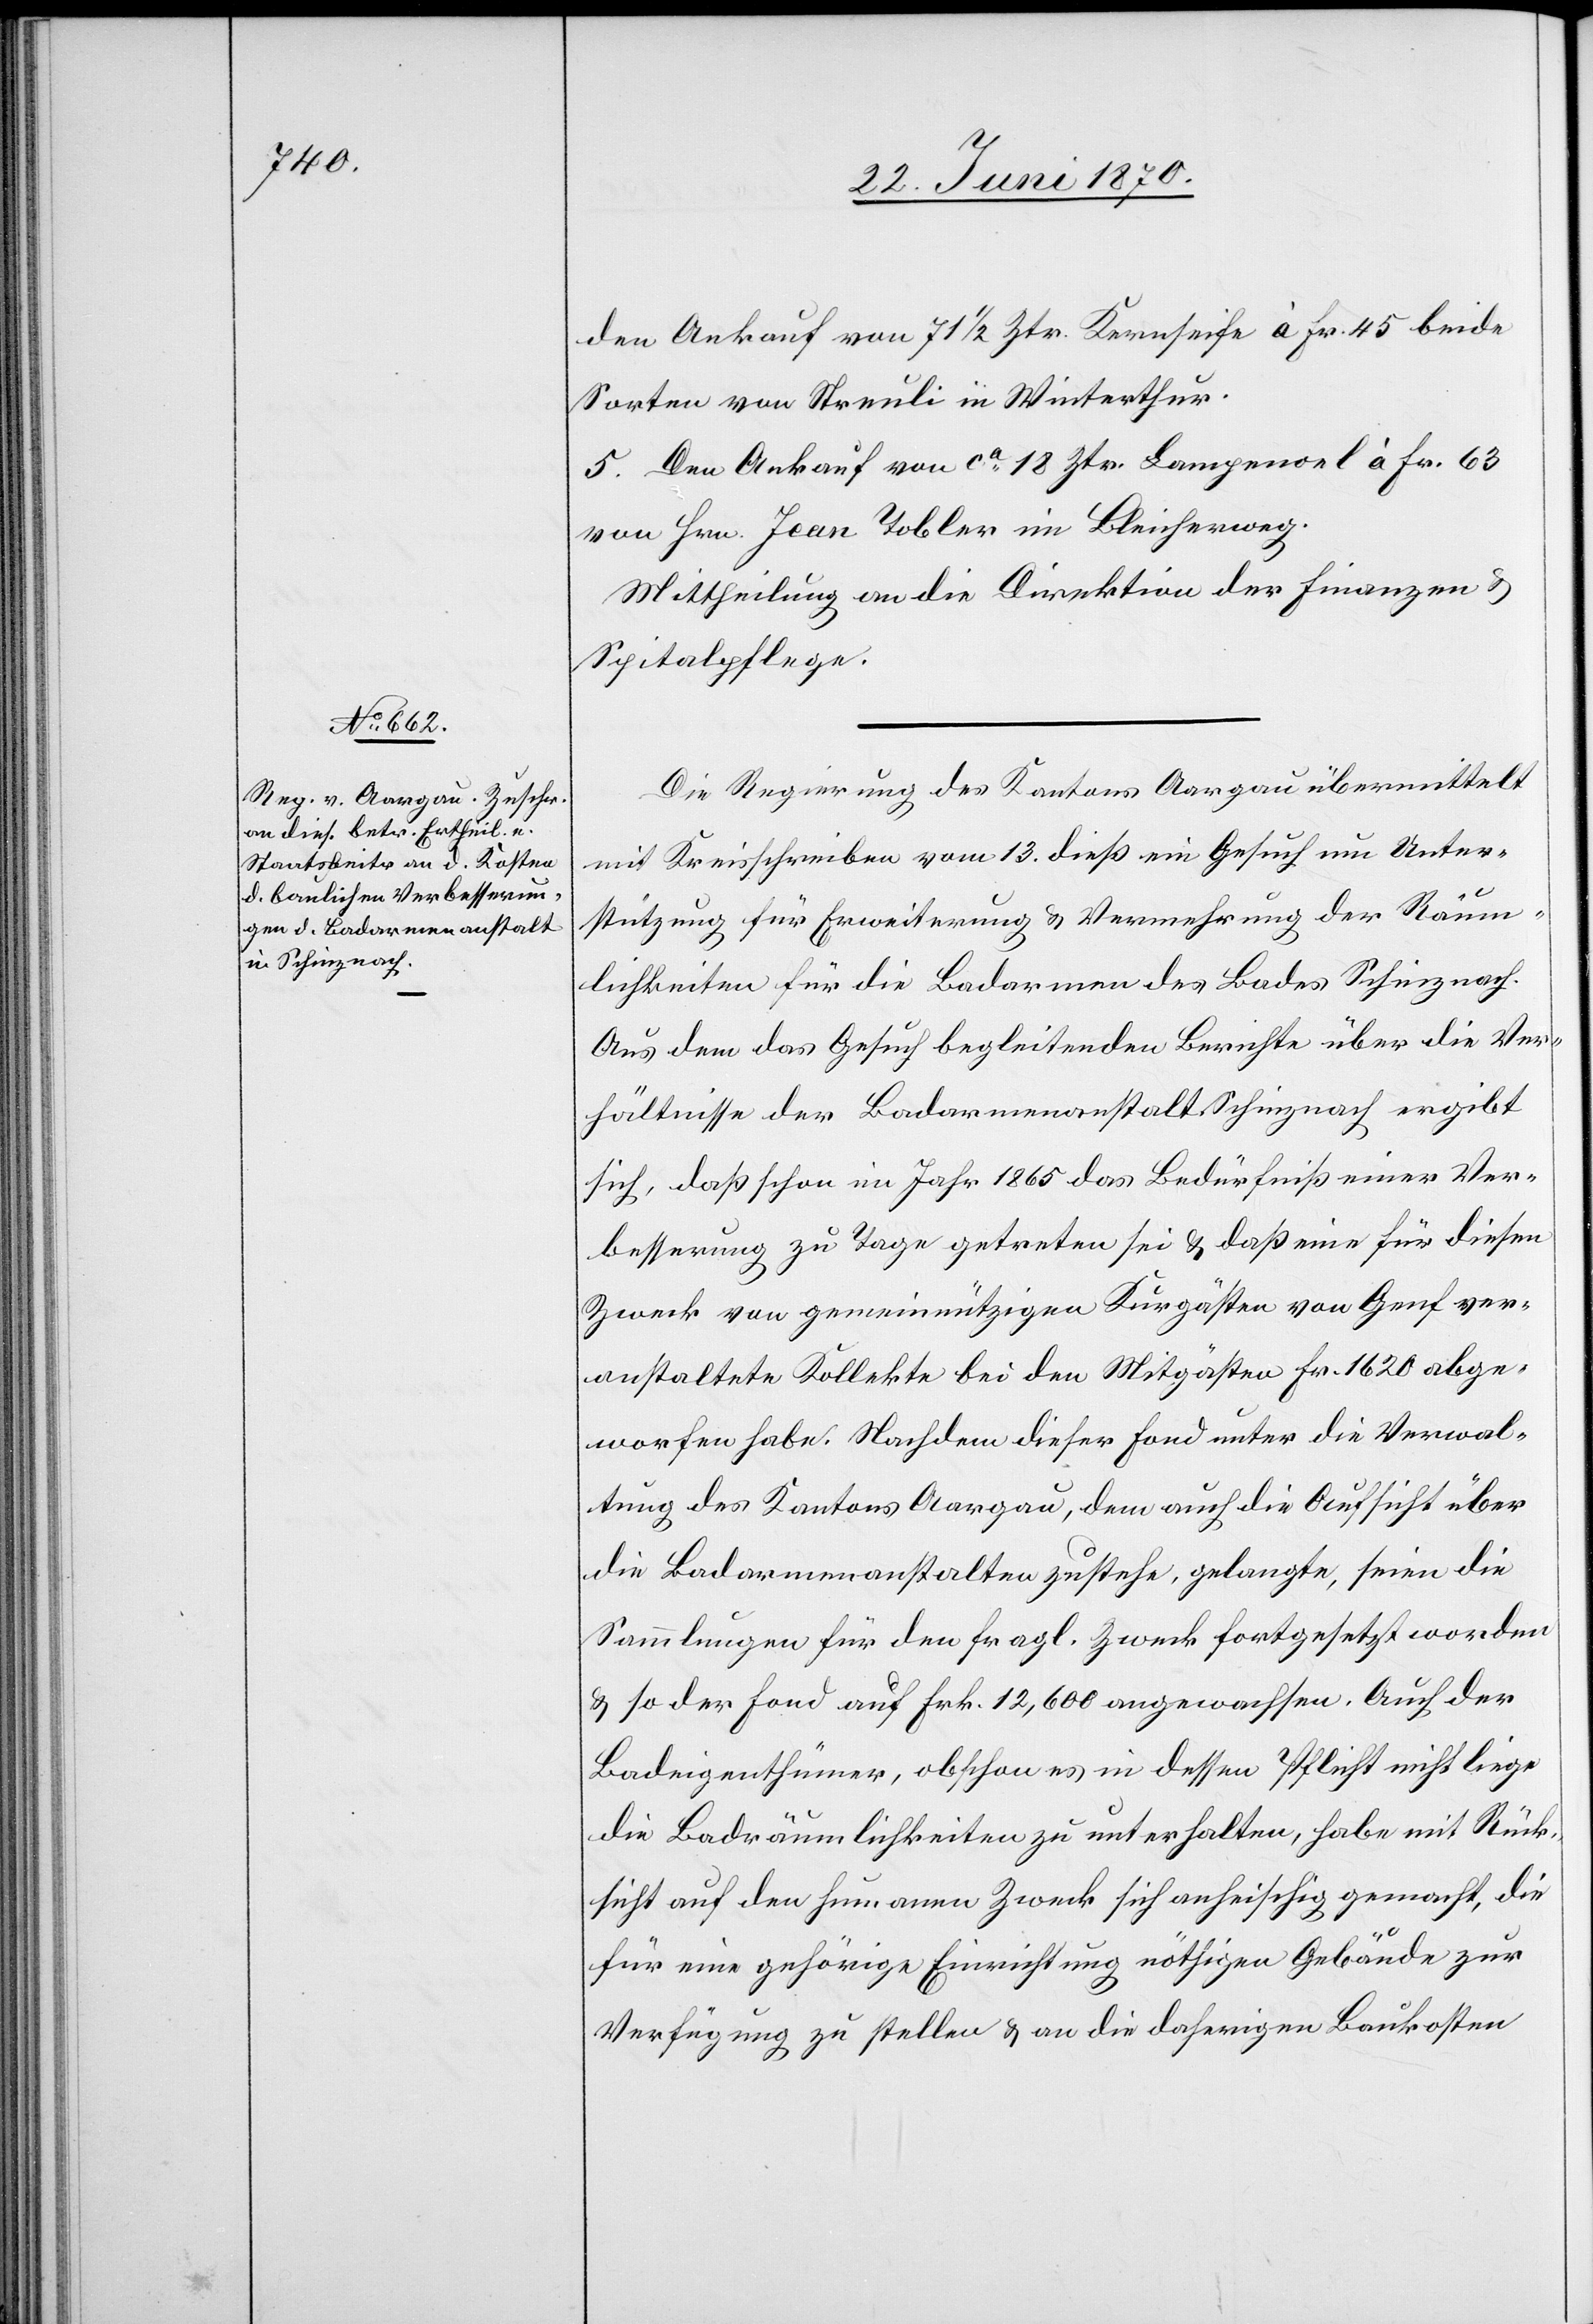
den Ankauf von 71 1/2 Ztr. Kernseife à Fr. 45 beide
Sorten von Streuli in Winterthur.
5. Den Ankauf von ca 18 Ztr. Lampenoel à Fr. 63
von Hrn. Jean Tobler im Bleicheweg.
Mittheilung an die Direktion der Finanzen &
Spitalpflege.
Die Regierung des Kantons Aargau übermittelt
mit Kreisschreiben vom 13. dieß ein Gesuch um Unter¬
stützung für Erweiterung & Vermehrung der Räum¬
lichkeiten für die Badarmen des Bades Schinznach.
Aus dem das Gesuch begleitenden Berichte über die Ver¬
hältnisse der Badarmenanstalt Schinznach ergibt
sich, daß schon im Jahr 1865 das Bedürfniß einer Ver¬
besserung zu Tage getreten sei & daß eine für diesen
Zweck von gemeinnützigen Kurgästen von Genf ver¬
anstaltete Kollekte bei den Mitgästen Fr. 1620 abge¬
worfen habe. Nachdem dieser Fond unter die Verwal¬
tung des Kantons Aargau, dem auch die Aufsicht über
die Badarmenanstalten zustehe, gelangte, seien die
Sammlungen für den fragl. Zweck fortgesetzt worden
& so der Fond auf Frk. 12,600 angewachsen. Auch der
Badeigenthümer, obschon es in dessen Pflicht nicht liege
die Badräumlichkeiten zu unterhalten, habe mit Rück¬
sicht auf den humanen Zweck sich anheischig gemacht, die
für eine gehörige Einrichtung nöthigen Gebäude zur
Verfügung zu stellen & an die daherigen Baukosten